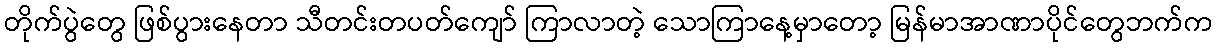
တိုက်ပွဲတွေ ဖြစ်ပွားနေတာ သီတင်းတပတ်ကျော် ကြာလာတဲ့ သောကြာနေ့မှာတော့ မြန်မာအာဏာပိုင်တွေဘက်က